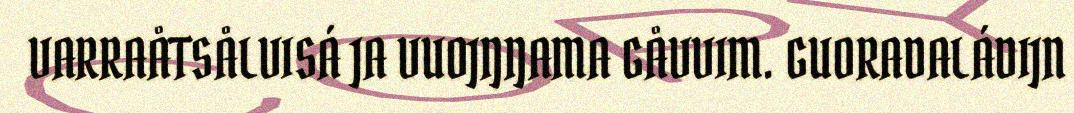
VARRAÅTSÅLVISÁ JA VUOJŊŊAMA GÅVVIM. GUORADALÁDIJN